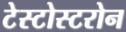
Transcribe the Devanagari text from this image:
टेस्टोस्टरोन